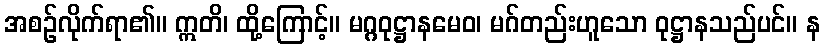
အစဉ်လိုက်ရာ၏။ ဣတိ၊ ထို့ကြောင့်။ မဂ္ဂဝုဋ္ဌာနမေဝ၊ မဂ်တည်းဟူသော ဝုဋ္ဌာနသည်ပင်။ န